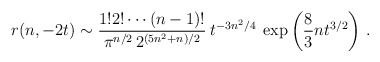
\begin{align*}r(n,-2t)\sim {1! 2! \cdots (n-1)!\over \pi^{n/2}\, 2^{(5n^2+n)/2}}\>t^{-3n^2/4}\>\exp\left( {8\over 3} n t^{3/2} \right ) \, .\end{align*}